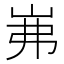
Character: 岪